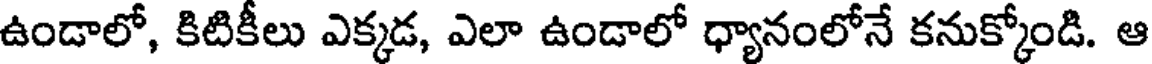
ఉండాలో, కిటికీలు ఎక్కడ, ఎలా ఉండాలో ధ్యానంలోనే కనుక్కోండి. ఆ